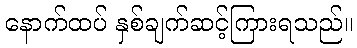
နောက်ထပ် နှစ်ချက်ဆင့်ကြားရသည်။